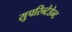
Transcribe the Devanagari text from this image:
सुपरिन्टेडेन्ट